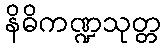
နိဓိကဏ္ဍသုတ္တ